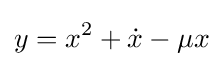
y=x^{2}+{\dot {x}}-\mu x